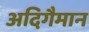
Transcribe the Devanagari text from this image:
अदिगैमान